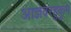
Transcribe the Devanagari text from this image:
आज्ञेबरहुकुम